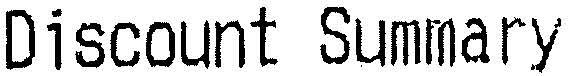
DISCOUNT SUMMARY